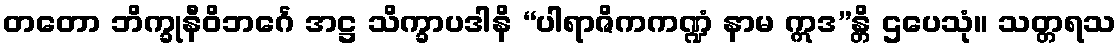
တတော ဘိက္ခုနီဝိဘင်္ဂေ အဋ္ဌ သိက္ခာပဒါနိ “ပါရာဇိကကဏ္ဍံ နာမ ဣဒ”န္တိ ဌပေသုံ။ သတ္တရသ